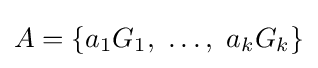
A=\{a_{1}G_{1},\ \ldots ,\ a_{k}G_{k}\}